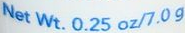
Net Wt. 0.25 oz/7.0 g